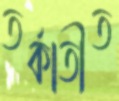
তর্কাতীত